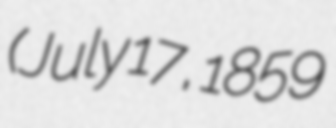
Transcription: (July 17, 1859